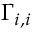
\Gamma _ { i , i }